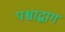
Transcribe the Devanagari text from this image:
पश्चाद्भाग